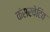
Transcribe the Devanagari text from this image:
कंसरवेटिव